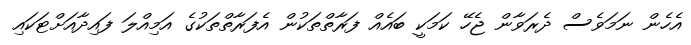
އެހެން ނަމަވެސް ދެރަވާން ޖެހޭ ކަމަކީ ބައެއް ފަރާތްތަކުން އެފަރާތްތަކުގެ އަމިއްލަ ފައިދާއަށްޓަކައި